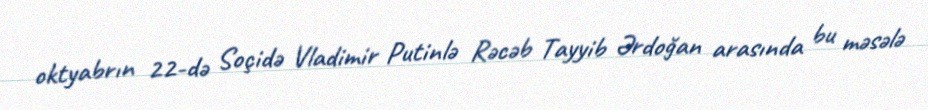
oktyabrın 22-də Soçidə Vladimir Putinlə Rəcəb Tayyib Ərdoğan arasında bu məsələ